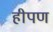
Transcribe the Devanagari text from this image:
हीपण